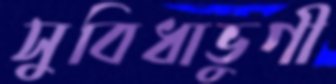
সুবিধাভুগী